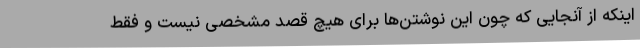
اینکه از آنجایی که چون این نوشتن‌ها برای هیچ قصد مشخصی نیست و فقط